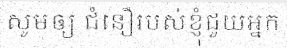
សូមឲ្យ ជំនឿរបស់ខ្ញុំជួយអ្នក